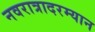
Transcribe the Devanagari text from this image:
नवरात्रादरम्यान